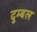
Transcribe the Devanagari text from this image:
दुम्बल